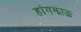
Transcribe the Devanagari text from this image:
हांगझाऊ